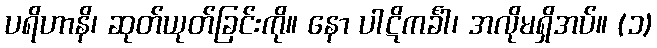
ပရိဟာနိ၊ ဆုတ်ယုတ်ခြင်းကို။ နော ပါဋိကင်္ခါ၊ အလိုမရှိအပ်။ (၁)